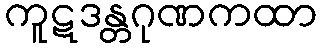
ကူဋဒန္တဂုဏကထာ